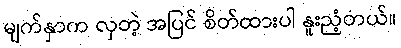
မျက်နှာက လှတဲ့ အပြင် စိတ်ထားပါ နူးညံ့တယ်။